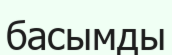
басымды